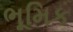
ભૂમિક